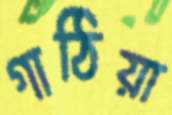
গাঠিয়া